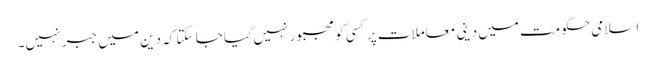
اسلامی حکومت میں دینی معاملات پر کسی کو مجبور نہیں کیا جا سکتا کہ دین میں جبر نہیں۔